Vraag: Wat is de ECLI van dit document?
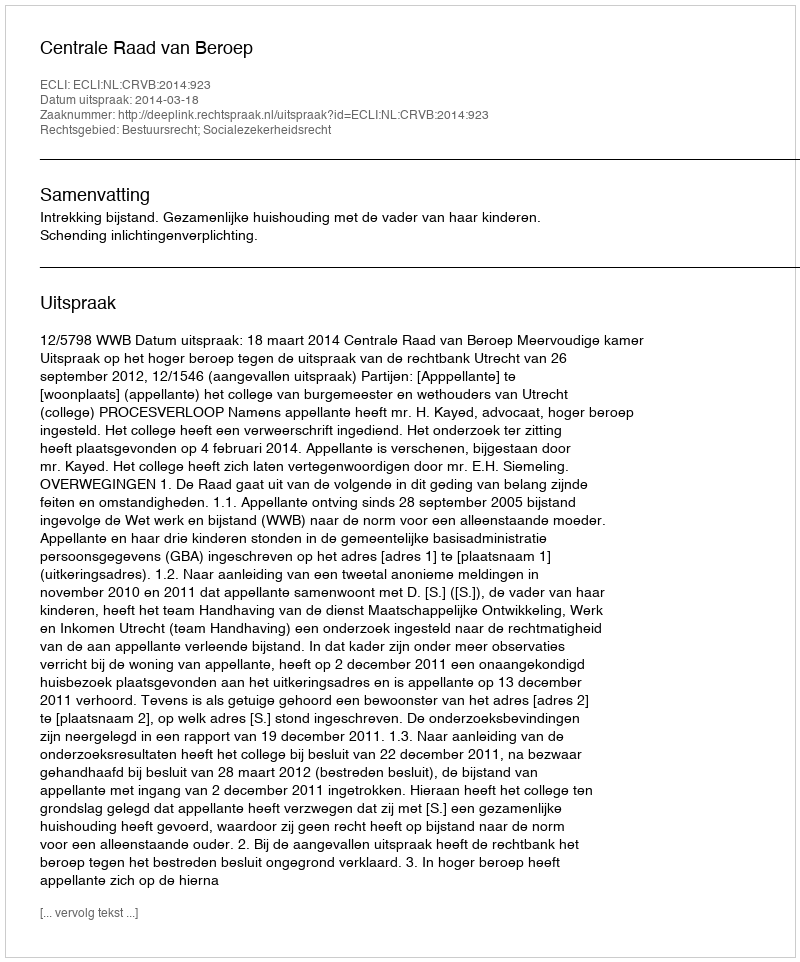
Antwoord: ECLI:NL:CRVB:2014:923